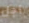
أجل